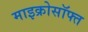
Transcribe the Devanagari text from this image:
माइक्रोसॉफ्त